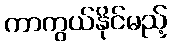
ကာကွယ်နိုင်မည့်